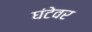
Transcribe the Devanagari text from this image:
घंटेवर